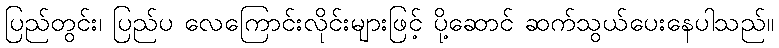
ပြည်တွင်း၊ ပြည်ပ လေကြောင်းလိုင်းများဖြင့် ပို့ဆောင် ဆက်သွယ်ပေးနေပါသည်။